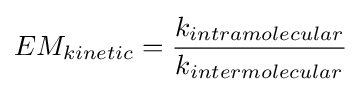
EM_{kinetic}={k_{intramolecular} \over k_{intermolecular}}